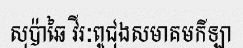
សុប៉ាឆៃ វីរៈពូជុងសមាគមកីឡា